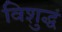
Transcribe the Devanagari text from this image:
विशुद्धं